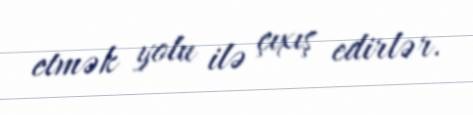
etmək yolu ilə çıxış edirlər.